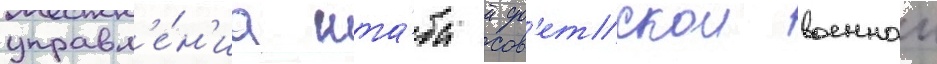
управл'е́н'иа шта́ба сов'етскои военнои